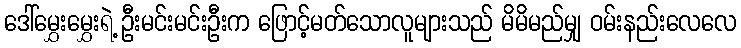
ဒေါ်မွှေးမွှေးရဲ့ ဦးမင်းမင်းဦးက ဖြောင့်မတ်သောလူများသည် မိမိမည်မျှ ဝမ်းနည်းလေလေ